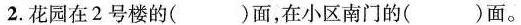
2.花园在2号楼的( )面，在小区南门的( )面。